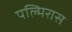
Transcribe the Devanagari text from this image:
पल्मिरास